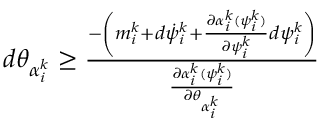
\begin{array} { r } { d \theta _ { \alpha _ { i } ^ { k } } \geq \frac { - \left( m _ { i } ^ { k } + d \dot { \psi } _ { i } ^ { k } + \frac { \partial \alpha _ { i } ^ { k } ( \psi _ { i } ^ { k } ) } { \partial \psi _ { i } ^ { k } } d \psi _ { i } ^ { k } \right) } { \frac { \partial \alpha _ { i } ^ { k } ( \psi _ { i } ^ { k } ) } { \partial \theta _ { \alpha _ { i } ^ { k } } } } } \end{array}